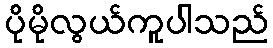
ပိုမိုလွယ်ကူပါသည်